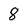
Character: 8